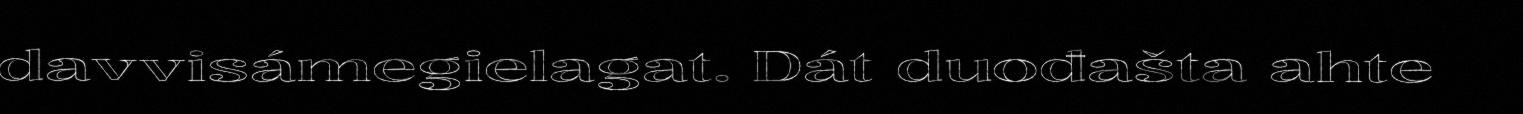
davvisámegielagat. Dát duođašta ahte